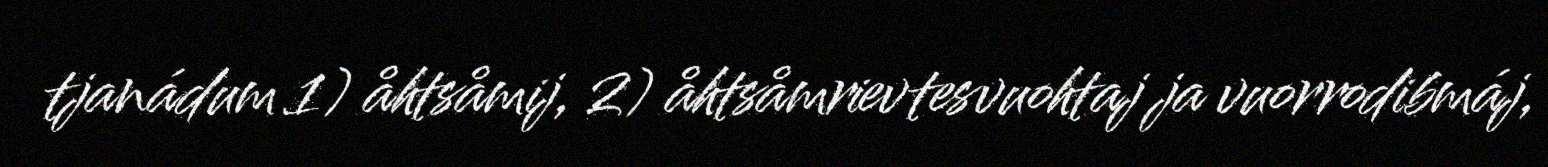
tjanádum 1) åhtsåmij, 2) åhtsåmrievtesvuohtaj ja vuorrodibmáj,